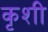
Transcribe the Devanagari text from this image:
कृशी